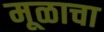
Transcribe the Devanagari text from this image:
मूळाचा